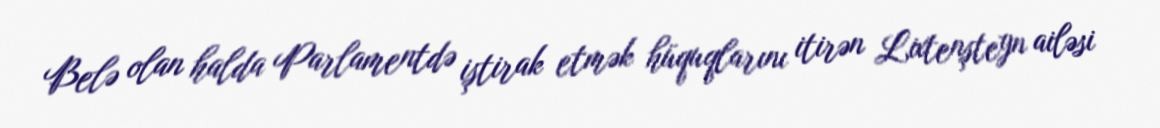
Belə olan halda Parlamentdə iştirak etmək hüquqlarını itirən Lixtenşteyn ailəsi